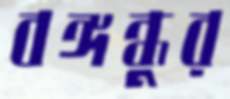
বঙ্গন্ধুর